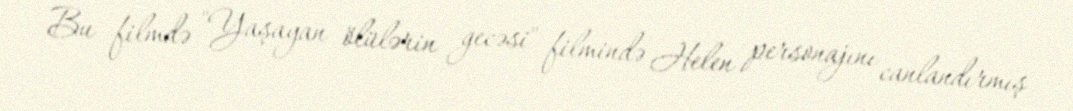
Bu filmdə "Yaşayan ölülərin gecəsi" filmində Helen personajını canlandırmış